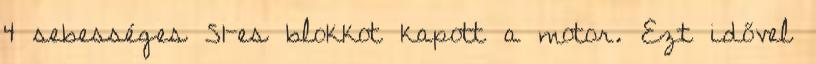
4 sebességes 51-es blokkot kapott a motor. Ezt idővel